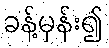
ခန့်မှန်း၍